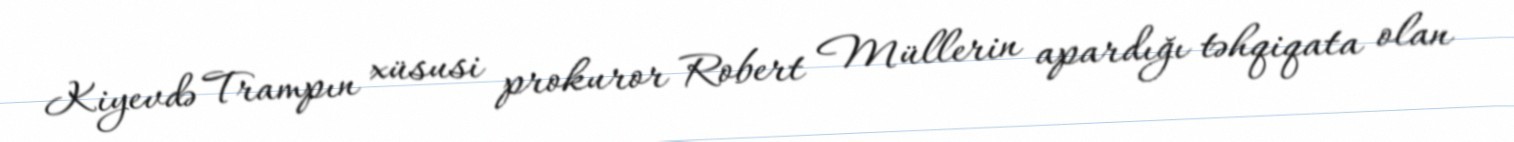
Kiyevdə Trampın xüsusi prokuror Robert Müllerin apardığı təhqiqata olan